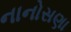
નાનોસણા